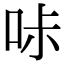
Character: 𠱙